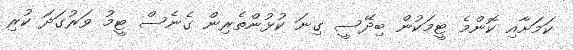
ކަމަށާއި ކޮންމެ ޓީމަކުން ބިދޭސީ ގިނަ ކުޅުންތެރިން ގެނެސް ޓީމު ވަރުގަދަ ކުރި